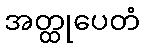
အတ္ထုပေတံ